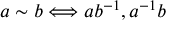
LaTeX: a \sim b \Longleftrightarrow a b ^ { - 1 } , a ^ { - 1 } b